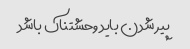
پیر شدن باید وحشتناک باشد